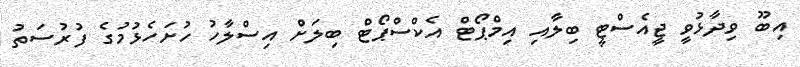
އިބޫ ވިދާޅުވީ ޖީއެސްޓީ ބިލާއި އިމްޕޯޓް އެކްސްޕޯޓް ބިލަށް އިސްލާހު ހުށަހެޅުމުގެ ފުރުސަތު